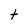
Character: t